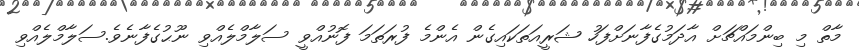
މާތް މި ބިންމައްޗަށް އާދަމުގެފާނަށްފަހު ޝަރީއަތަކައިގެން އެންމެ ފުރަތަމަ ފޮނުއްވީ ސަލާމްލެއްވި ނޫޙުގެފާނެވެ.ސަލާމްލެއްވި